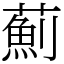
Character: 薊